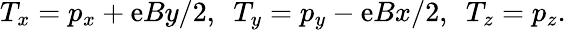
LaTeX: T_{x}=p_{x}+\mathrm{e}By/2,~~T_{y}=p_{y}-\mathrm{e}Bx/2,~~T_{z}=p_{z}.